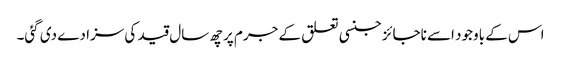
اس کے باوجود اسے ناجائز جنسی تعلق کے جرم پر چھ سال قید کی سزا دے دی گئی۔